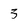
Character: 3